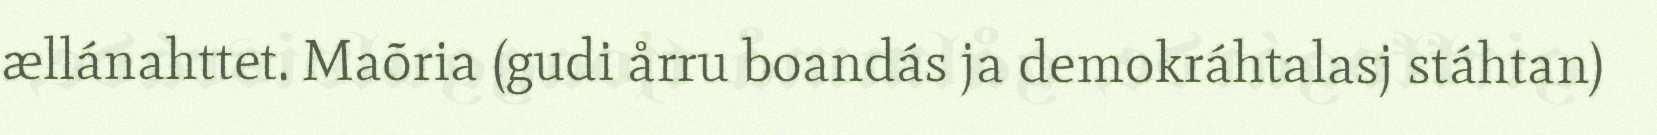
ællánahttet. Maõria (gudi årru boandás ja demokráhtalasj stáhtan)